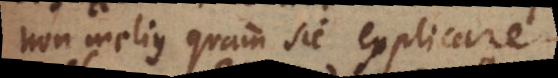
non melius quam sic explicare